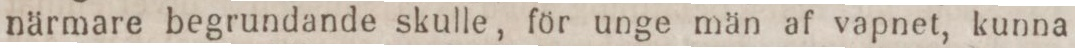
närmare begrundande skulle, för unge män af vapnet, kunna